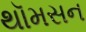
થૉમસન